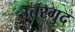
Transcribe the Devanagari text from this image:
उत्तरगुद